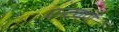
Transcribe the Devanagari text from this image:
एन्टवर्ण